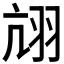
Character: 𦐄